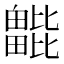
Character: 𣬖